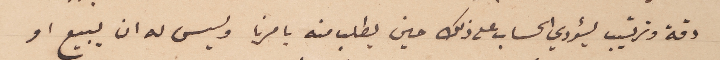
دقة وترتيب ليؤدي الحساب على ذلك حين يطلب منه بامرنا وليس له ان يبيع او